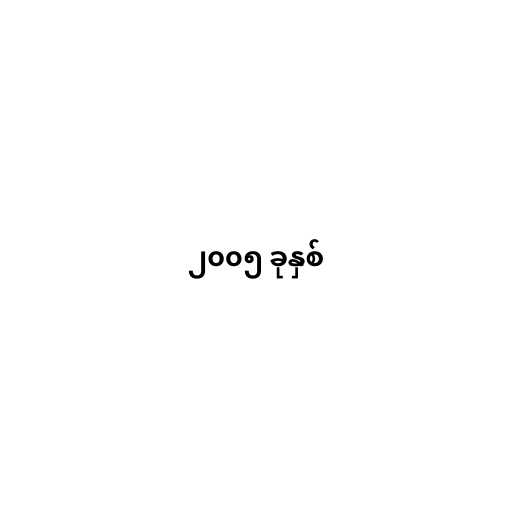
၂၀၀၅ ခုနှစ်